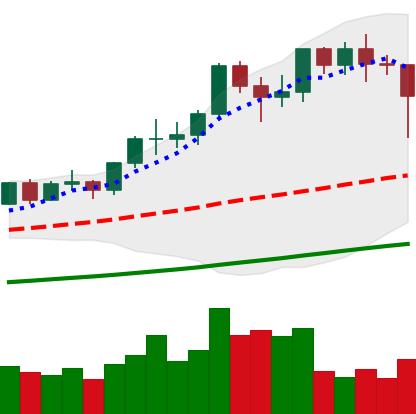
Ticker: LTC-USD
Chart end date: 2021-02-22
Forward return: -17.302%
Label: down_7plus